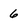
Character: 6